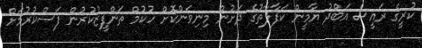
ކުރީގެ ރައީސް އަބްދު ޔާމީން ކަފާލާތުގެ ދަށުން މިނިވަންކޮށް ހުކުމް ތަންފީޒުކުރުން ފަސްކުރުމަށް